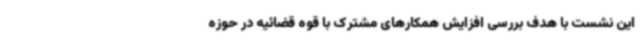
این نشست با هدف بررسی افزایش همکارهای مشترک با قوه قضائیه در حوزه